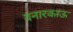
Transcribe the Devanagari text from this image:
वनारकाऊ